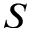
S